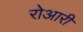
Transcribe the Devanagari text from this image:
रोआरी